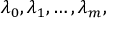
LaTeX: \lambda _ { 0 } , \lambda _ { 1 } , \ldots , \lambda _ { m } ,